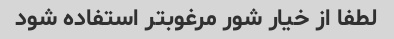
لطفا از خیار شور مرغوبتر استفاده شود